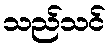
သည်သင်